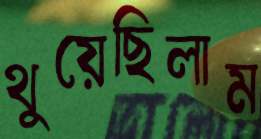
থুয়েছিলাম